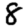
Digit: 8